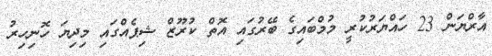
އާރްޔަން 23 ހައްޔަރުކުރީ މުމްބައިގެ ބޭރުގައި އޮތް ކުރޫޒް ޝިޕެއްގައި މިދިޔަ ހޮނިހިރު